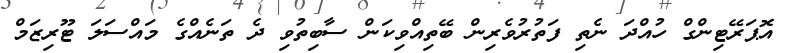
އޮޕަރޭޓިންގް ހުއްދަ ނެތި ފަތުރުވެރިން ބޭތިއްވިކަން ސާބިތުވި ދެ ތަނެއްގެ މައްސަލަ ޓޫރިޒަމް